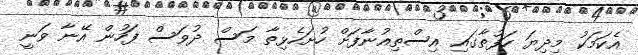
އެކަމަކު މިދިޔަ ހަފުތާގައި އިސްތިއުނާފަށް ހުށަހެޅިތާ މަސް ދުވަސް ފަހުން އޭނާ ވަނީ